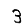
Digit: 3